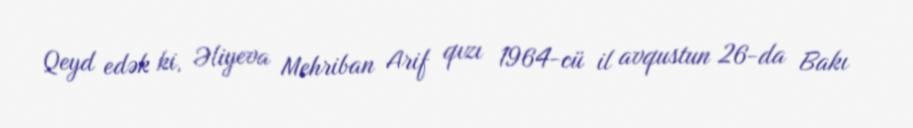
Qeyd edək ki, Əliyeva Mehriban Arif qızı 1964-cü il avqustun 26-da Bakı